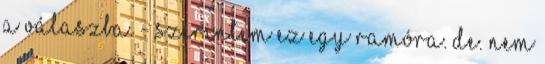
a válaszba. - Szerintem ez egy ramóra. De. Nem